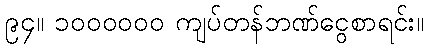
၉၄။ ၁၀၀၀၀၀၀ ကျပ်တန်ဘဏ်ငွေစာရင်း။